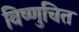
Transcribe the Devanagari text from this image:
विष्णुचित